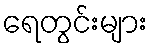
ရေတွင်းများ